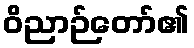
ဝိညာဉ်တော်၏